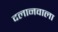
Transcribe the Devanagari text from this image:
दलानवाला